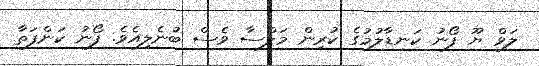
ލަވް ޔޫ ފޯނު ކަނޑާލުމުގެ ކުރިން މަލްސާ ވެސް ބުނެލިއެވެ. ފޯނު ކަންފަތާ